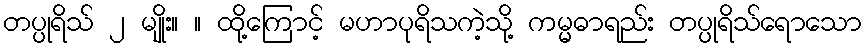
တပ္ပုရိသ် ၂ မျိုး။ ။ ထို့ကြောင့် မဟာပုရိသကဲ့သို့ ကမ္မဓာရည်း တပ္ပုရိသ်ရောသော